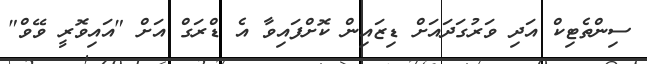
ސިންތެޓިކް އަދި ވަރުގަދައަށް ޑިޒައިން ކޮށްފައިވާ އެ ޑްރަގް އަށް "އައިވޮރީ ވޭވް"